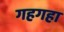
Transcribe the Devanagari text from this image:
गहगहा